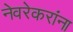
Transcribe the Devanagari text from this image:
नेवरेकरांना